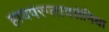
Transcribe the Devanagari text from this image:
हायपरग्लायसेमिया